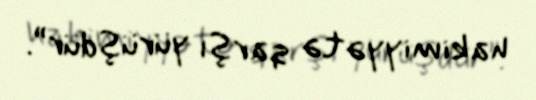
hakimiyyətə qarşı yürüşdür”.